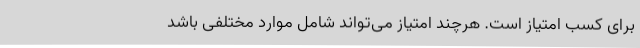
برای کسبِ امتیاز است. هرچند امتیاز می‌تواند شامل موارد مختلفی باشد